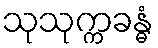
သုသုက္ကခန္ဓံ